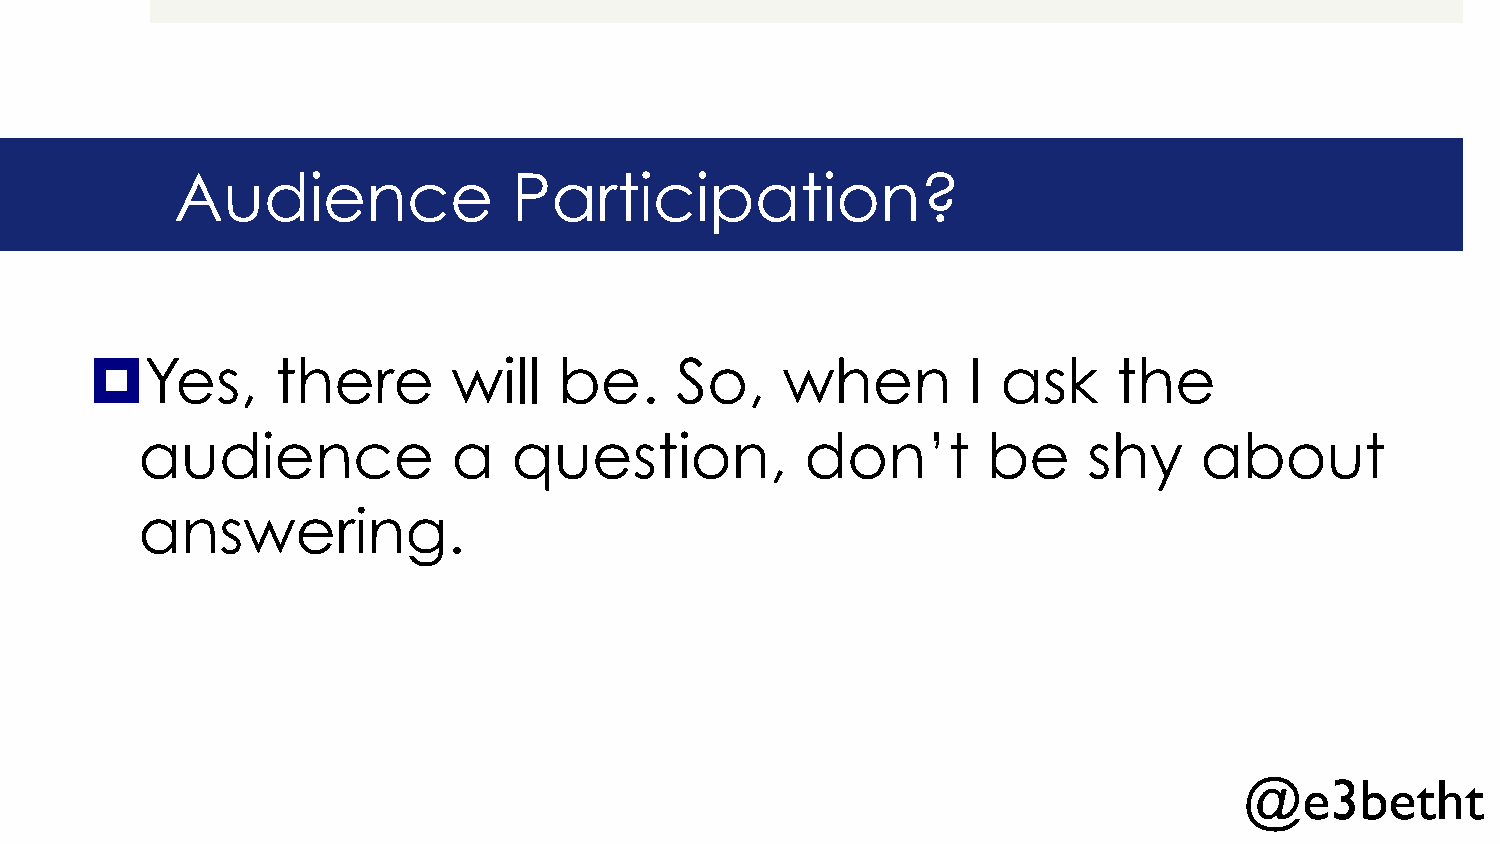
Audience              Participation?
 ¤   Yes,    there       will   be.     So,    when        I ask     the
 audience             a   question,          don’t       be     shy    about
 answering.
 @e3betht